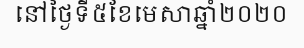
នៅថ្ងៃទី៥ខែមេសាឆ្នាំ២០២០